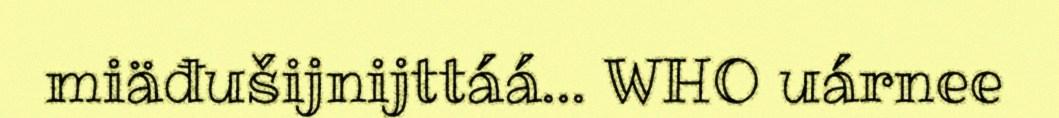
miäđušijnijttáá... WHO uárnee